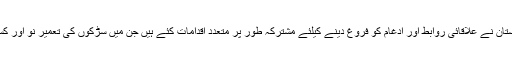
جوناتھن پریٹ نےمزید کہا کہ امریکہ اور پاکستان نے علاقائی روابط اور ادغام کو فروغ دینے کیلئے مشترکہ طور پر متعدد اقدامات کئے ہیں جن میں سڑکوں کی تعمیر نو اور کسٹمز کی چیک پوسٹوں کو توسیع دینا شامل ہے۔